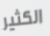
الكثير